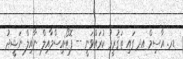
ޑރ. އާސިމް އދ ގައި ތަޤުރީރު ކުރައްވަނީ -- ފޮޓޯ:އިސްމާއިލް ނާއިލް ނަޝީދު